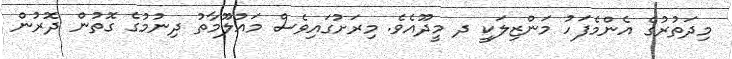
މިދަތުރުގެ އެންމެފަހު މަންޒިލަކީ ދ މީދޫއެވެ. މިރަށުގައިވެސް މައުލޫމާތު ދިނުމުގެ ގޮތުން ދޮރުން